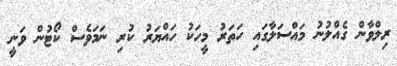
ރިލްވާން ގެއްލުނު މައްސަލާގައި ހަތަރު މީހަކު ހައްޔަރު ކުރި ނަމަވެސް ކޯޓުން ވަނީ